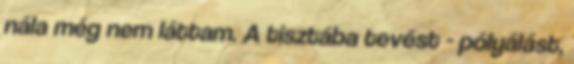
nála még nem láttam. A tisztába tevést - pólyálást,